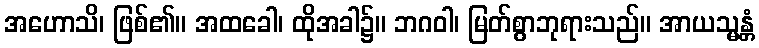
အဟောသိ၊ ဖြစ်၏။ အထခေါ၊ ထိုအခါ၌။ ဘဂဝါ၊ မြတ်စွာဘုရားသည်။ အာယသ္မန္တံ